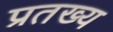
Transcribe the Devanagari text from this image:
प्रतख्य